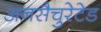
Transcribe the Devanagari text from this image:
अनसैचुरेटेड